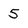
Character: 5